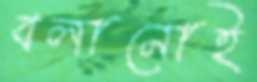
বলানোই